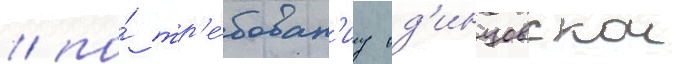
/ по́ тр'е́бован'иу од'инцовскои